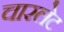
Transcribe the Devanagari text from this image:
चारलेट